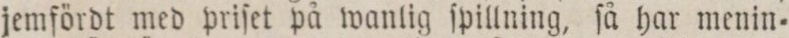
jemfördt med priſet på wanlig ſpillning, ſå har menin=